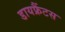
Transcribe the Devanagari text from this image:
डायफ्रैंटस